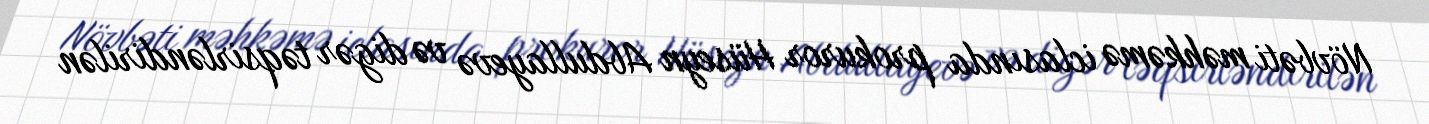
Növbəti məhkəmə iclasında prokuror Hüseyn Abdullayevə və digər təqsirləndirilən